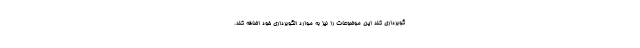
گوبرداری کند این موضوعات را نیز به موارد الگوبرداری خود اضافه کند.